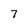
Character: 7